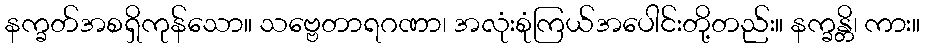
နက္ခတ်အစရှိကုန်သော။ သဗ္ဗေတာရဂဏာ၊ အလုံးစုံကြယ်အပေါင်းတို့တည်း။ နက္ခန္တိ၊ ကား။